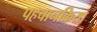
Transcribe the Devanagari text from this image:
पहचानक्रिया